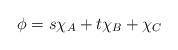
LaTeX: \begin{align*}\phi=s\chi_A+t\chi_B+\chi_C\end{align*}